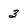
Character: 3